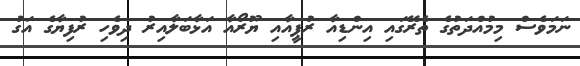
ނަމަވެސް މިމުއްްދަތުގެ ތެރޭގައި އިންޑިއާ ރުޕީއާއި ޔޫރޯއާ އަޅާބަލާއިރު ދިވެހި ރުފިޔާގެ އަގު